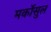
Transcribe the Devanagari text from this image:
मर्कोसुल